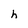
Character: h